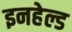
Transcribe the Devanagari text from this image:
इनहेल्ड